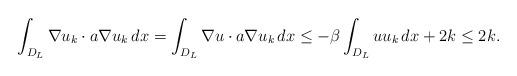
LaTeX: \begin{align*}\int_{D_L} \nabla u_k \cdot a \nabla u_k \,dx = \int_{D_L} \nabla u \cdot a \nabla u_k \,dx \leq - \beta \int_{D_L} u u_k \,dx + 2k \leq 2k.\end{align*}